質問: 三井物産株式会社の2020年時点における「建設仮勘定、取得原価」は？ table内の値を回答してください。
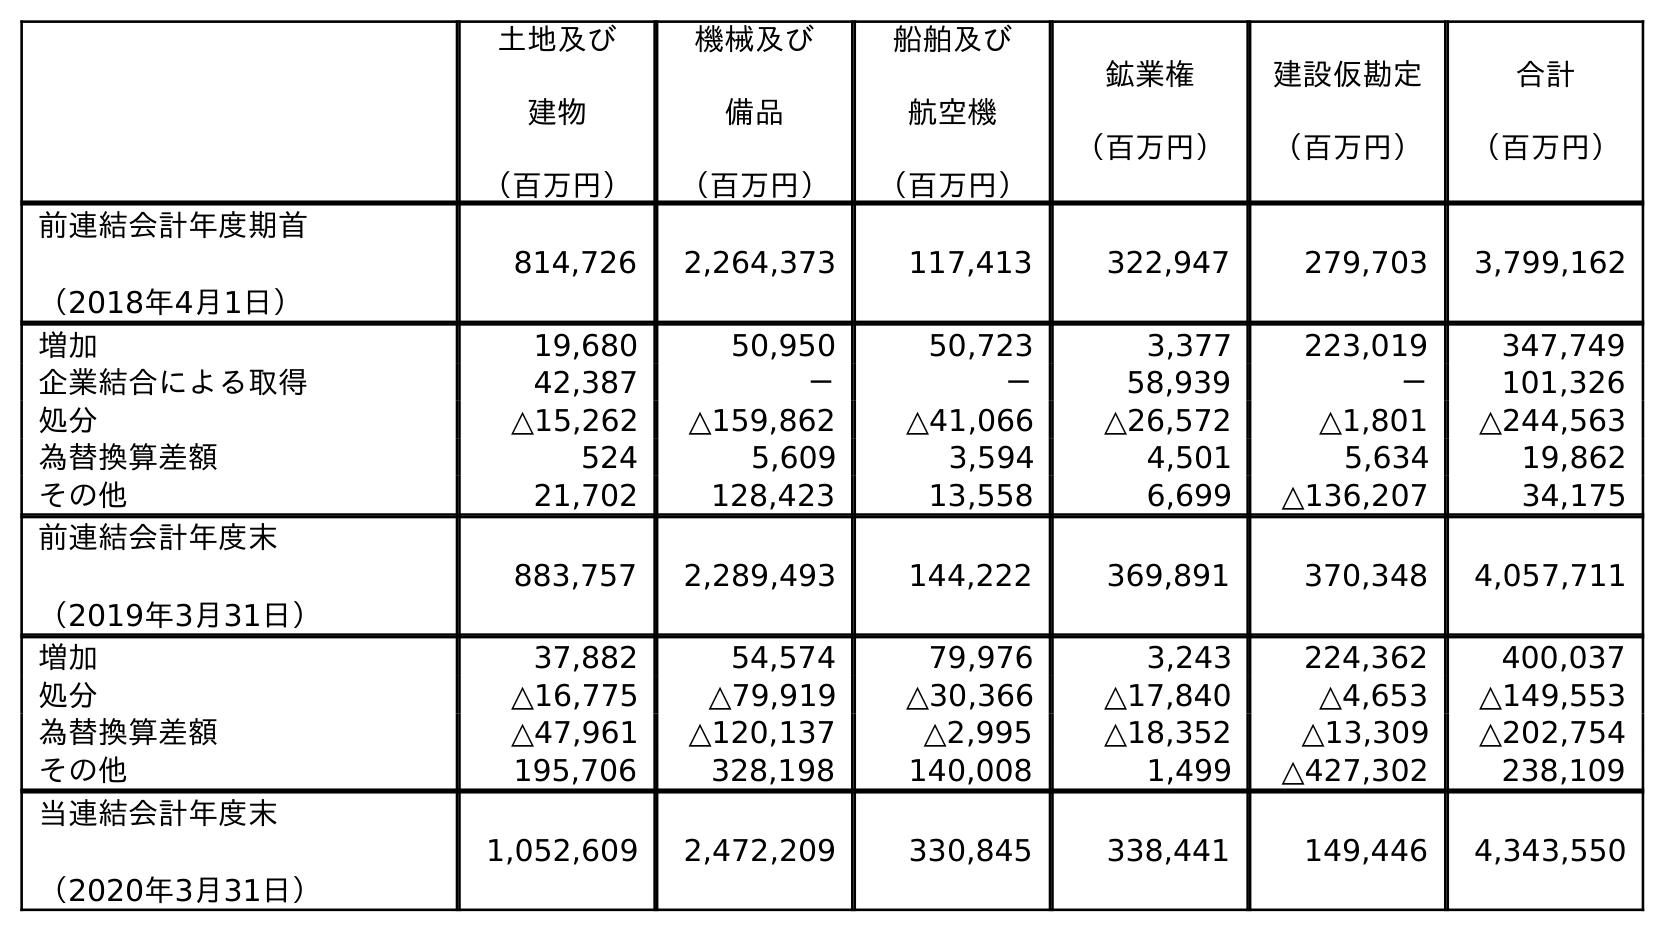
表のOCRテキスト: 土地及び 建物 （百万円） 機械及び 備品 （百万円） 船舶及び 航空機 （百万円） 鉱業権 （百万円） 建設仮勘定 （百万円） 合計 （百万円） 前連結会計年度期首 （2018年4月1日） 814,726 2,264,373 117,413 322,947 279,703 3,799,162 増加 19,680 50,950 50,723 3,377 223,019 347,749 企業結合による取得 42,387 － － 58,939 － 101,326 処分 △15,262 △159,862 △41,066 △26,572 △1,801 △244,563 為替換算差額 524 5,609 3,594 4,501 5,634 19,862 その他 21,702 128,423 13,558 6,699 △136,207 34,175 前連結会計年度末 （2019年3月31日） 883,757 2,289,493 144,222 369,891 370,348 4,057,711 増加 37,882 54,574 79,976 3,243 224,362 400,037 処分 △16,775 △79,919 △30,366 △17,840 △4,653 △149,553 為替換算差額 △47,961 △120,137 △2,995 △18,352 △13,309 △202,754 その他 195,706 328,198 140,008 1,499 △427,302 238,109 当連結会計年度末 （2020年3月31日） 1,052,609 2,472,209 330,845 338,441 149,446 4,343,550
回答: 149,446